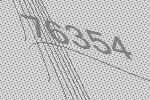
76354